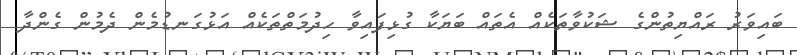
ބައިވަރު ރައްޔިތުންގެ ޝަކުވާތަކެއް އެތައް ބަޔަކާ ގުޅިފައިވާ ހިދުމަތްތަކެއް އަޅުގަނޑުމެން ދެމުން ގެންދާ